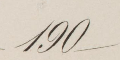
190